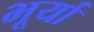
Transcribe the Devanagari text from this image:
भूर्या